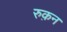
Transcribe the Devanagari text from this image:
रुक़न